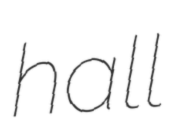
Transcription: hall